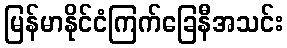
မြန်မာနိုင်ငံကြက်ခြေနီအသင်း